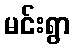
မင်းရွာ